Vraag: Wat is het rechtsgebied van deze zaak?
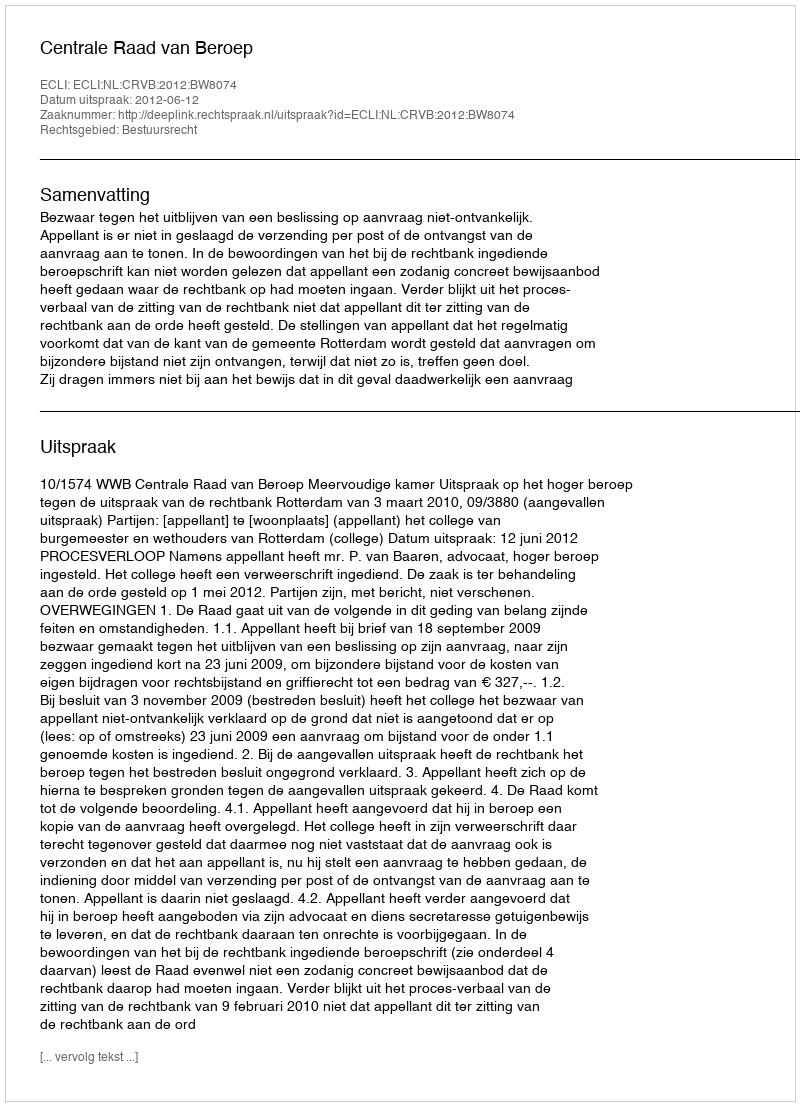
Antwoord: Bestuursrecht